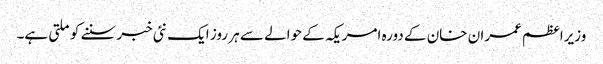
وزیراعظم عمران خان کے دورہ امریکہ کے حوالے سے ہر روز ایک نئی خبر سننے کو ملتی ہے۔